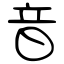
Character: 音